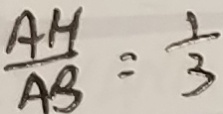
\frac { A H } { A B } = \frac { 1 } { 3 }